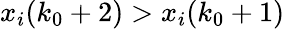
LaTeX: x_{i}(k_{0}+2)>x_{i}(k_{0}+1)